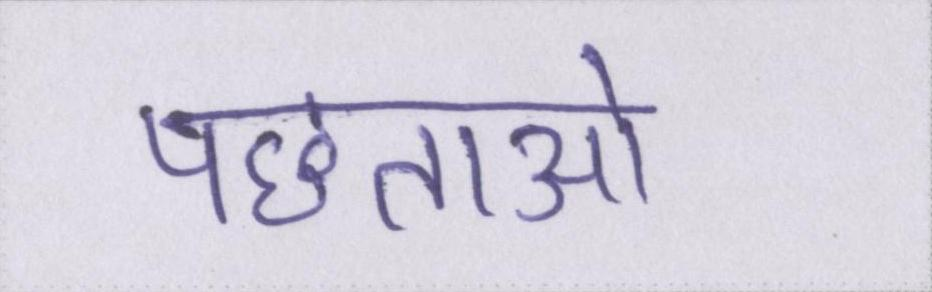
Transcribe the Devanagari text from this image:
पछताओ